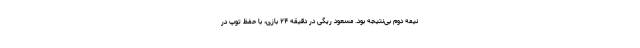
نیمه دوم بی‌نتیجه بود. مسعود ریگی در دقیقه ۲۴ بازی، با حفظ توپ در